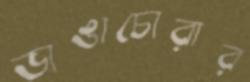
ভাঙাচোরার